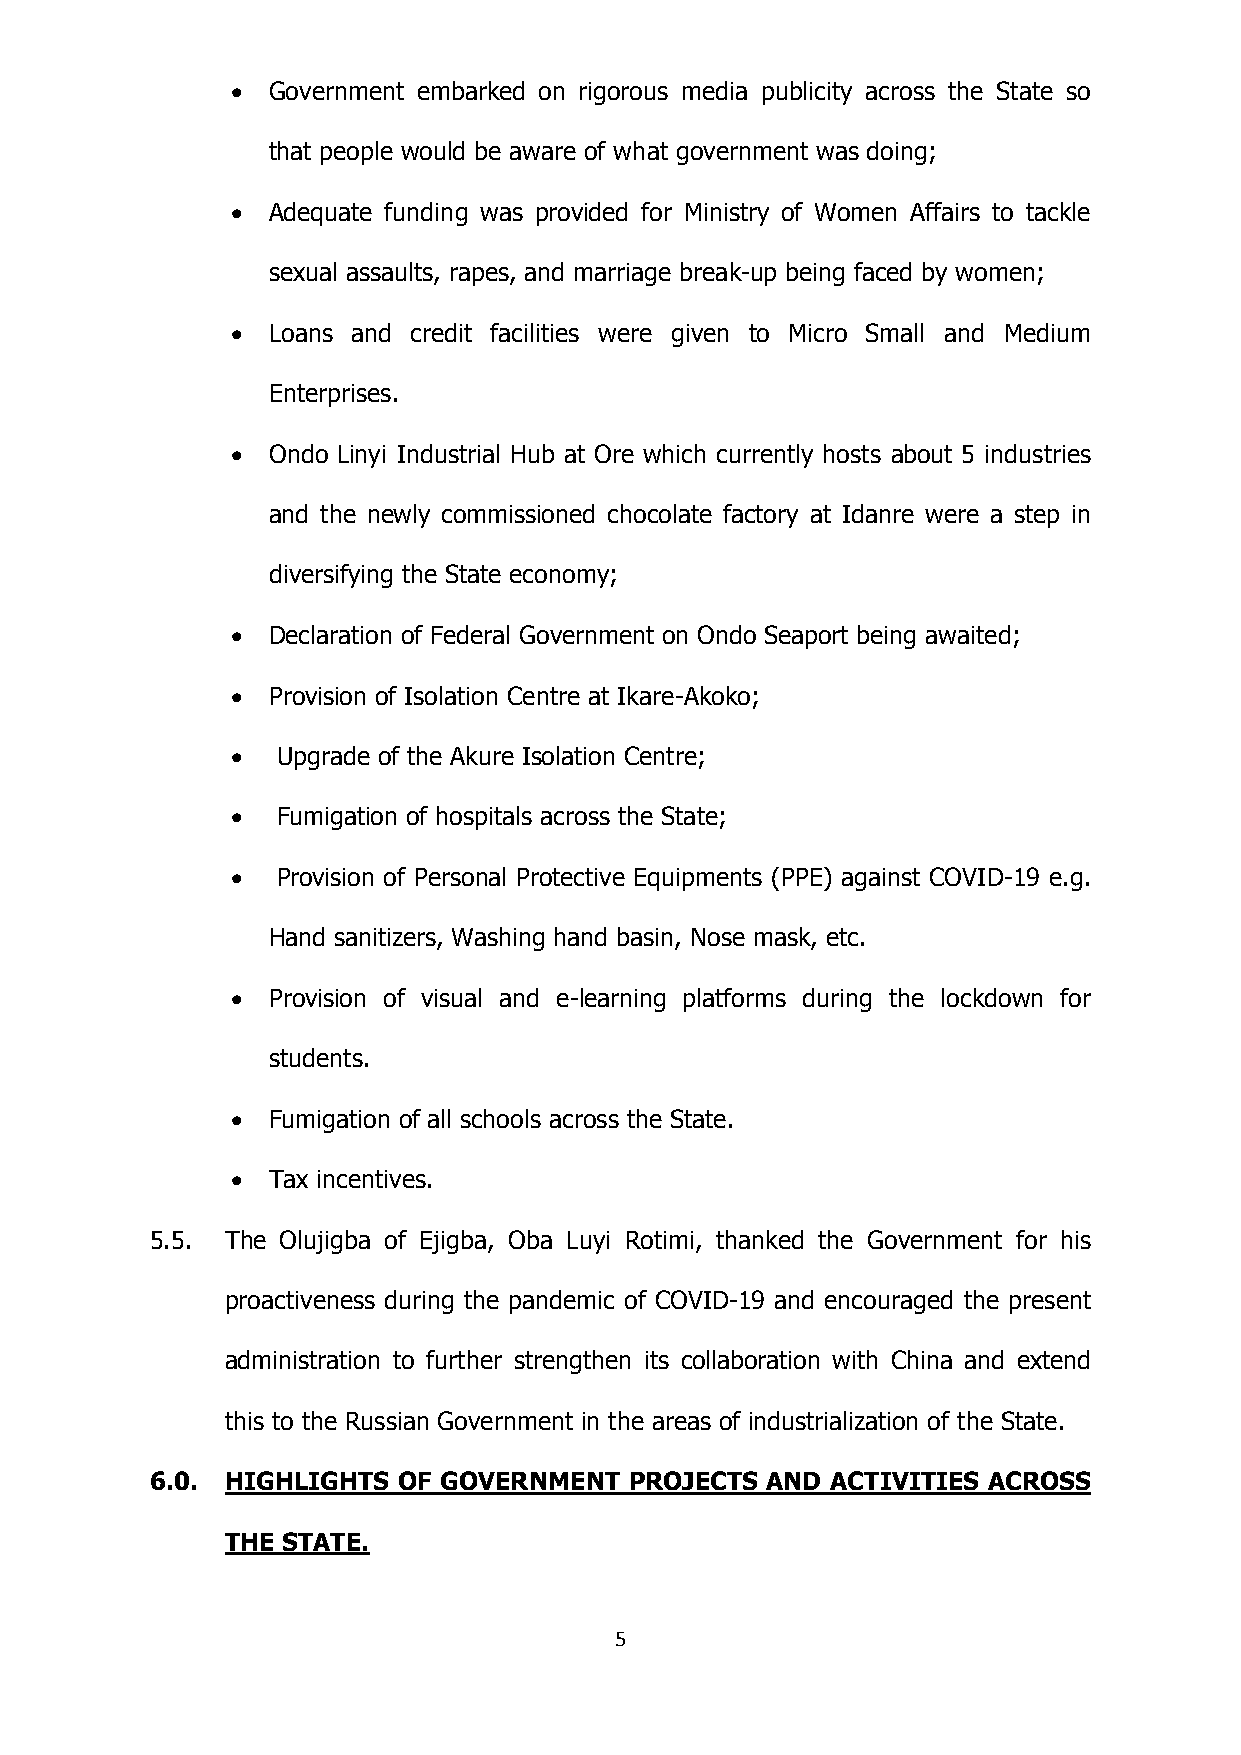
  Government embarked on rigorous media publicity across the State so
 that people would be aware of what government was doing;
   Adequate funding was provided for Ministry of Women Affairs to tackle
 sexual assaults, rapes, and marriage break-up being faced by women;
   Loans and credit facilities were given to Micro Small and Medium
 Enterprises.
   Ondo Linyi Industrial Hub at Ore which currently hosts about 5 industries
 and the newly commissioned chocolate factory at Idanre were a step in
 diversifying the State economy;
   Declaration of Federal Government on Ondo Seaport being awaited;
   Provision of Isolation Centre at Ikare-Akoko;
   Upgrade of the Akure Isolation Centre;
   Fumigation of hospitals across the State;
   Provision of Personal Protective Equipments (PPE) against COVID-19 e.g.
 Hand sanitizers, Washing hand basin, Nose mask, etc.
   Provision of visual and e-learning platforms during the lockdown for
 students.
   Fumigation of all schools across the State.
   Tax incentives.
 5.5. The Olujigba of Ejigba, Oba Luyi Rotimi, thanked the Government for his
 proactiveness during the pandemic of COVID-19 and encouraged the present
 administration to further strengthen its collaboration with China and extend
 this to the Russian Government in the areas of industrialization of the State.
 6.0. HIGHLIGHTS OF GOVERNMENT   PROJECTS AND ACTIVITIES ACROSS
 THE STATE.
 5